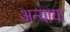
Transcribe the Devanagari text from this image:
अन्याया